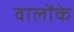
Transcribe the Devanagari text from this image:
वालोंके